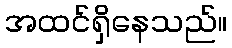
အထင်ရှိနေသည်။